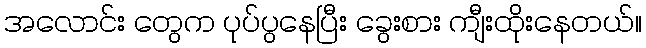
အလောင်း တွေက ပုပ်ပွနေပြီး ခွေးစား ကျီးထိုးနေတယ်။